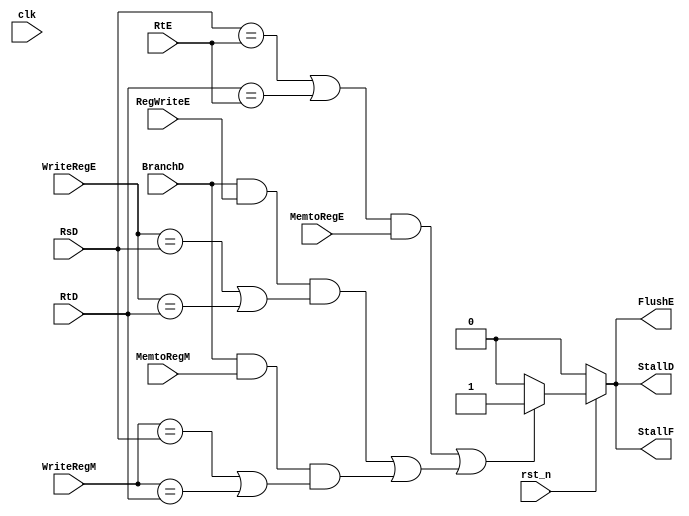
/*

	File name    : Stall_Unit
	LastEditors  : H
	LastEditTime : 2021-11-04 03:18:01
	Last Version : 1.0
	Description  : Handle Hazard Unit (Using Block/Bubble)
	
	----------------------------------------------------------------------------------------
	
	Author       : H
	Date         : 2021-11-04 03:18:00
	FilePath     : \MIPS_Pipeline\Stall_Unit.v
	Copyright 2021 H, All Rights Reserved. 

*/
module Stall_Unit(
    // System Clock
    input        clk,           // clock
    input        rst_n,         // reset

    // User Interface
    input   [4:0]   RsD,        // first source register from decode
    input   [4:0]   RtD,        // second source register from decode
    input   [4:0]   RtE,        // second source register from execute
    input   [4:0]   WriteRegE,  // register written to determined by exec stage
    input   [4:0]   WriteRegM,  // register written to determined by mem stage
    input           RegWriteE,  // register written to determined by exec stage
    input           MemtoRegE, //if data is written to from mem to exec by exec stage
    input           MemtoRegM, //if data is written to from mem to exec by mem stage
    input           BranchD, //if a branch instr, is executing
    output  reg     FlushE, //flag is set when exec stage needs to be flushed
    output  reg     StallD, //flag is set when decode needs to stall
    output  reg     StallF //flag is set when fetch needs to stall
);                              
                             //stall while we wait for LW'w WB stage
    wire lwstall,branchstall;//branch stall when a branch is taken
/*******************************************************************************
 *                                 Main Code
*******************************************************************************/

    //set if branching and writing to a source reg
    assign branchstall = (BranchD && RegWriteE && ((WriteRegE == RsD) || (WriteRegE == RtD))) ||
                            (BranchD && MemtoRegM && ((WriteRegM == RsD) || (WriteRegM == RtD)));
    //set whe writing from mem to reg
    assign lwstall = ((RsD == RtE) || (RtD == RtE)) && MemtoRegE;
    always @(*) begin
        if (~rst_n) begin
            FlushE = 1'b0;     // ID/EX: Only need to Set MemWrite and RegWrite 0
            StallD = 1'b0;     // IF/ID: keep last state data
            StallF = 1'b0;
        end
        else if (lwstall || branchstall ) begin //if lwstall or branchstall is set
            FlushE = 1'b1;     // ID/EX: Only need to Set MemWrite and RegWrite 0
            StallD = 1'b1;     // IF/ID: keep last state data
            StallF = 1'b1;     // PC:    keep last state data
        end 
        else begin // all else set to 0 for output
            FlushE = 1'b0;     
            StallD = 1'b0;     
            StallF = 1'b0;
        end
    end
endmodule